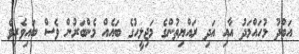
އަބްދު މުހައްމަދު އާއި އަދި ރައްޔިތުންގެ މަޖިލީހުގެ ބައެއް މެންބަރުން ވެސް ބައިވެރިވެ